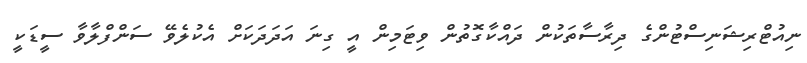
ނިއުޓްރިޝަނިސްޓުންގެ ދިރާސާތަކުން ދައްކާގޮތުން ވިޓަމިން އީ ގިނަ އަދަދަކަށް އެކުލެވޭ ސަންފްލާވާ ސީޑަކީ